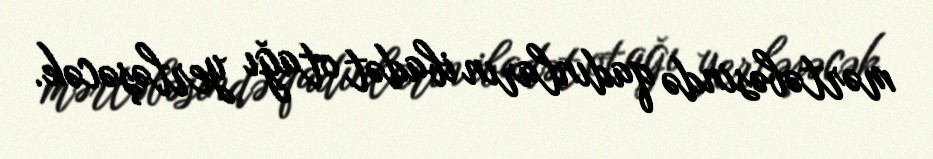
mərtəbəsində qadınların ibadət otağı yerləşəcək.